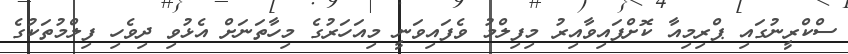
ސްކްރީނުގައި ޕްރިމިއާ ކޮށްފައިވާއިރު މިފިލްމު ވެފައިވަނީ މިއަހަރުގެ މިހާތަނަށް އެޅުވި ދިވެހި ފިލްމުތަކުގެ